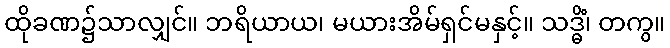
ထိုခဏ၌သာလျှင်။ ဘရိယာယ၊ မယားအိမ်ရှင်မနှင့်။ သဒ္ဓိံ၊ တကွ။